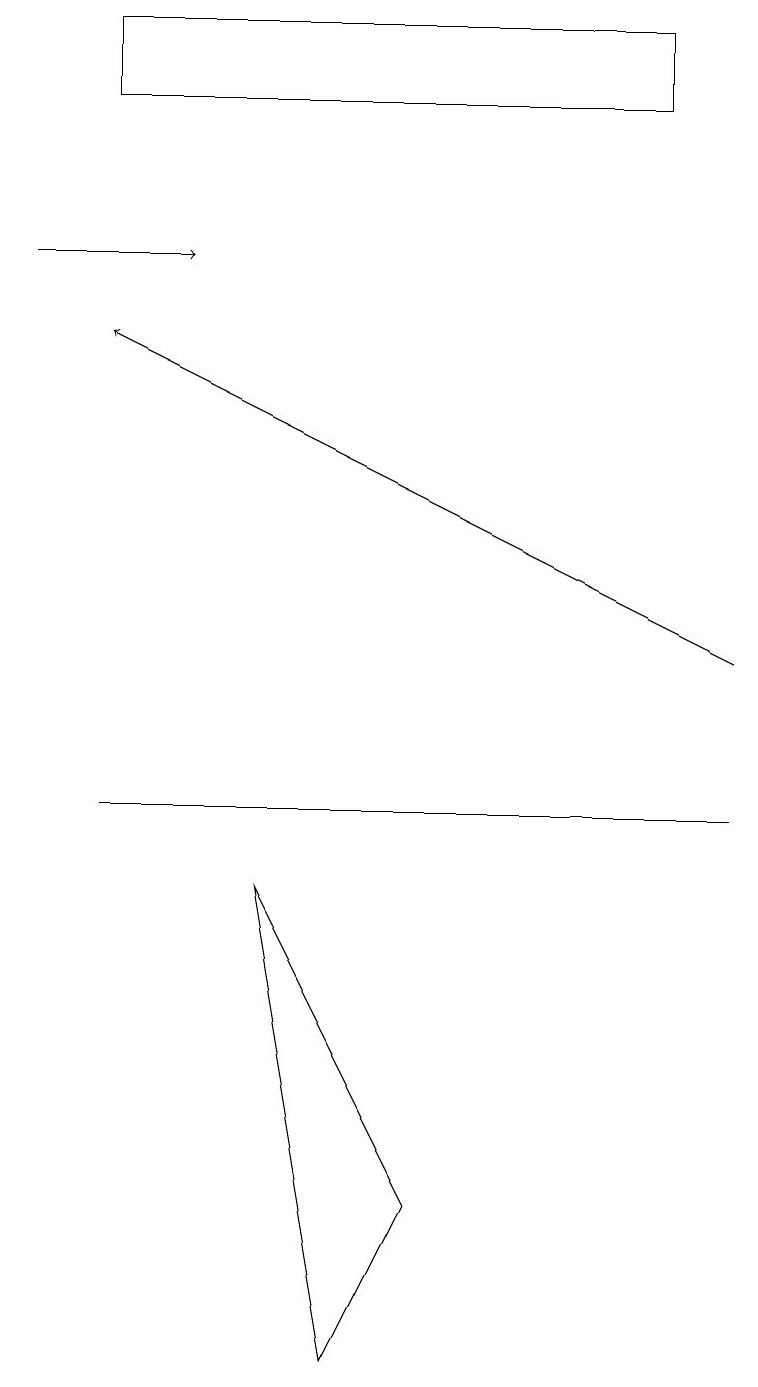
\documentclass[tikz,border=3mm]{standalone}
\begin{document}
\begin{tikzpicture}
\draw (1,9) -- (4,9) -- (9,9) -- cycle;
\draw[->] (0,16) -- (2,16);
\draw[->] (9,11) -- (1,15);
\draw (1,19) rectangle (8,18);
\draw (3,8) -- (4,2) -- (5,4) -- cycle;
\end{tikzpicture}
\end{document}